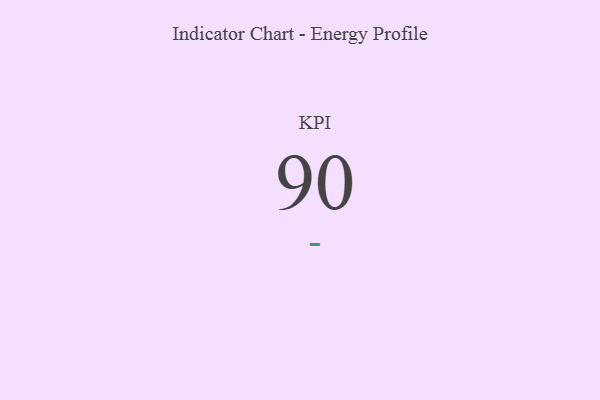
{"axis": {"x": "KPI", "y": "Value"}, "legend": [""], "data": [{"x": "KPI", "y": 90, "type": ""}]}